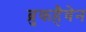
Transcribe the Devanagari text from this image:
ब्रुकहैवेन